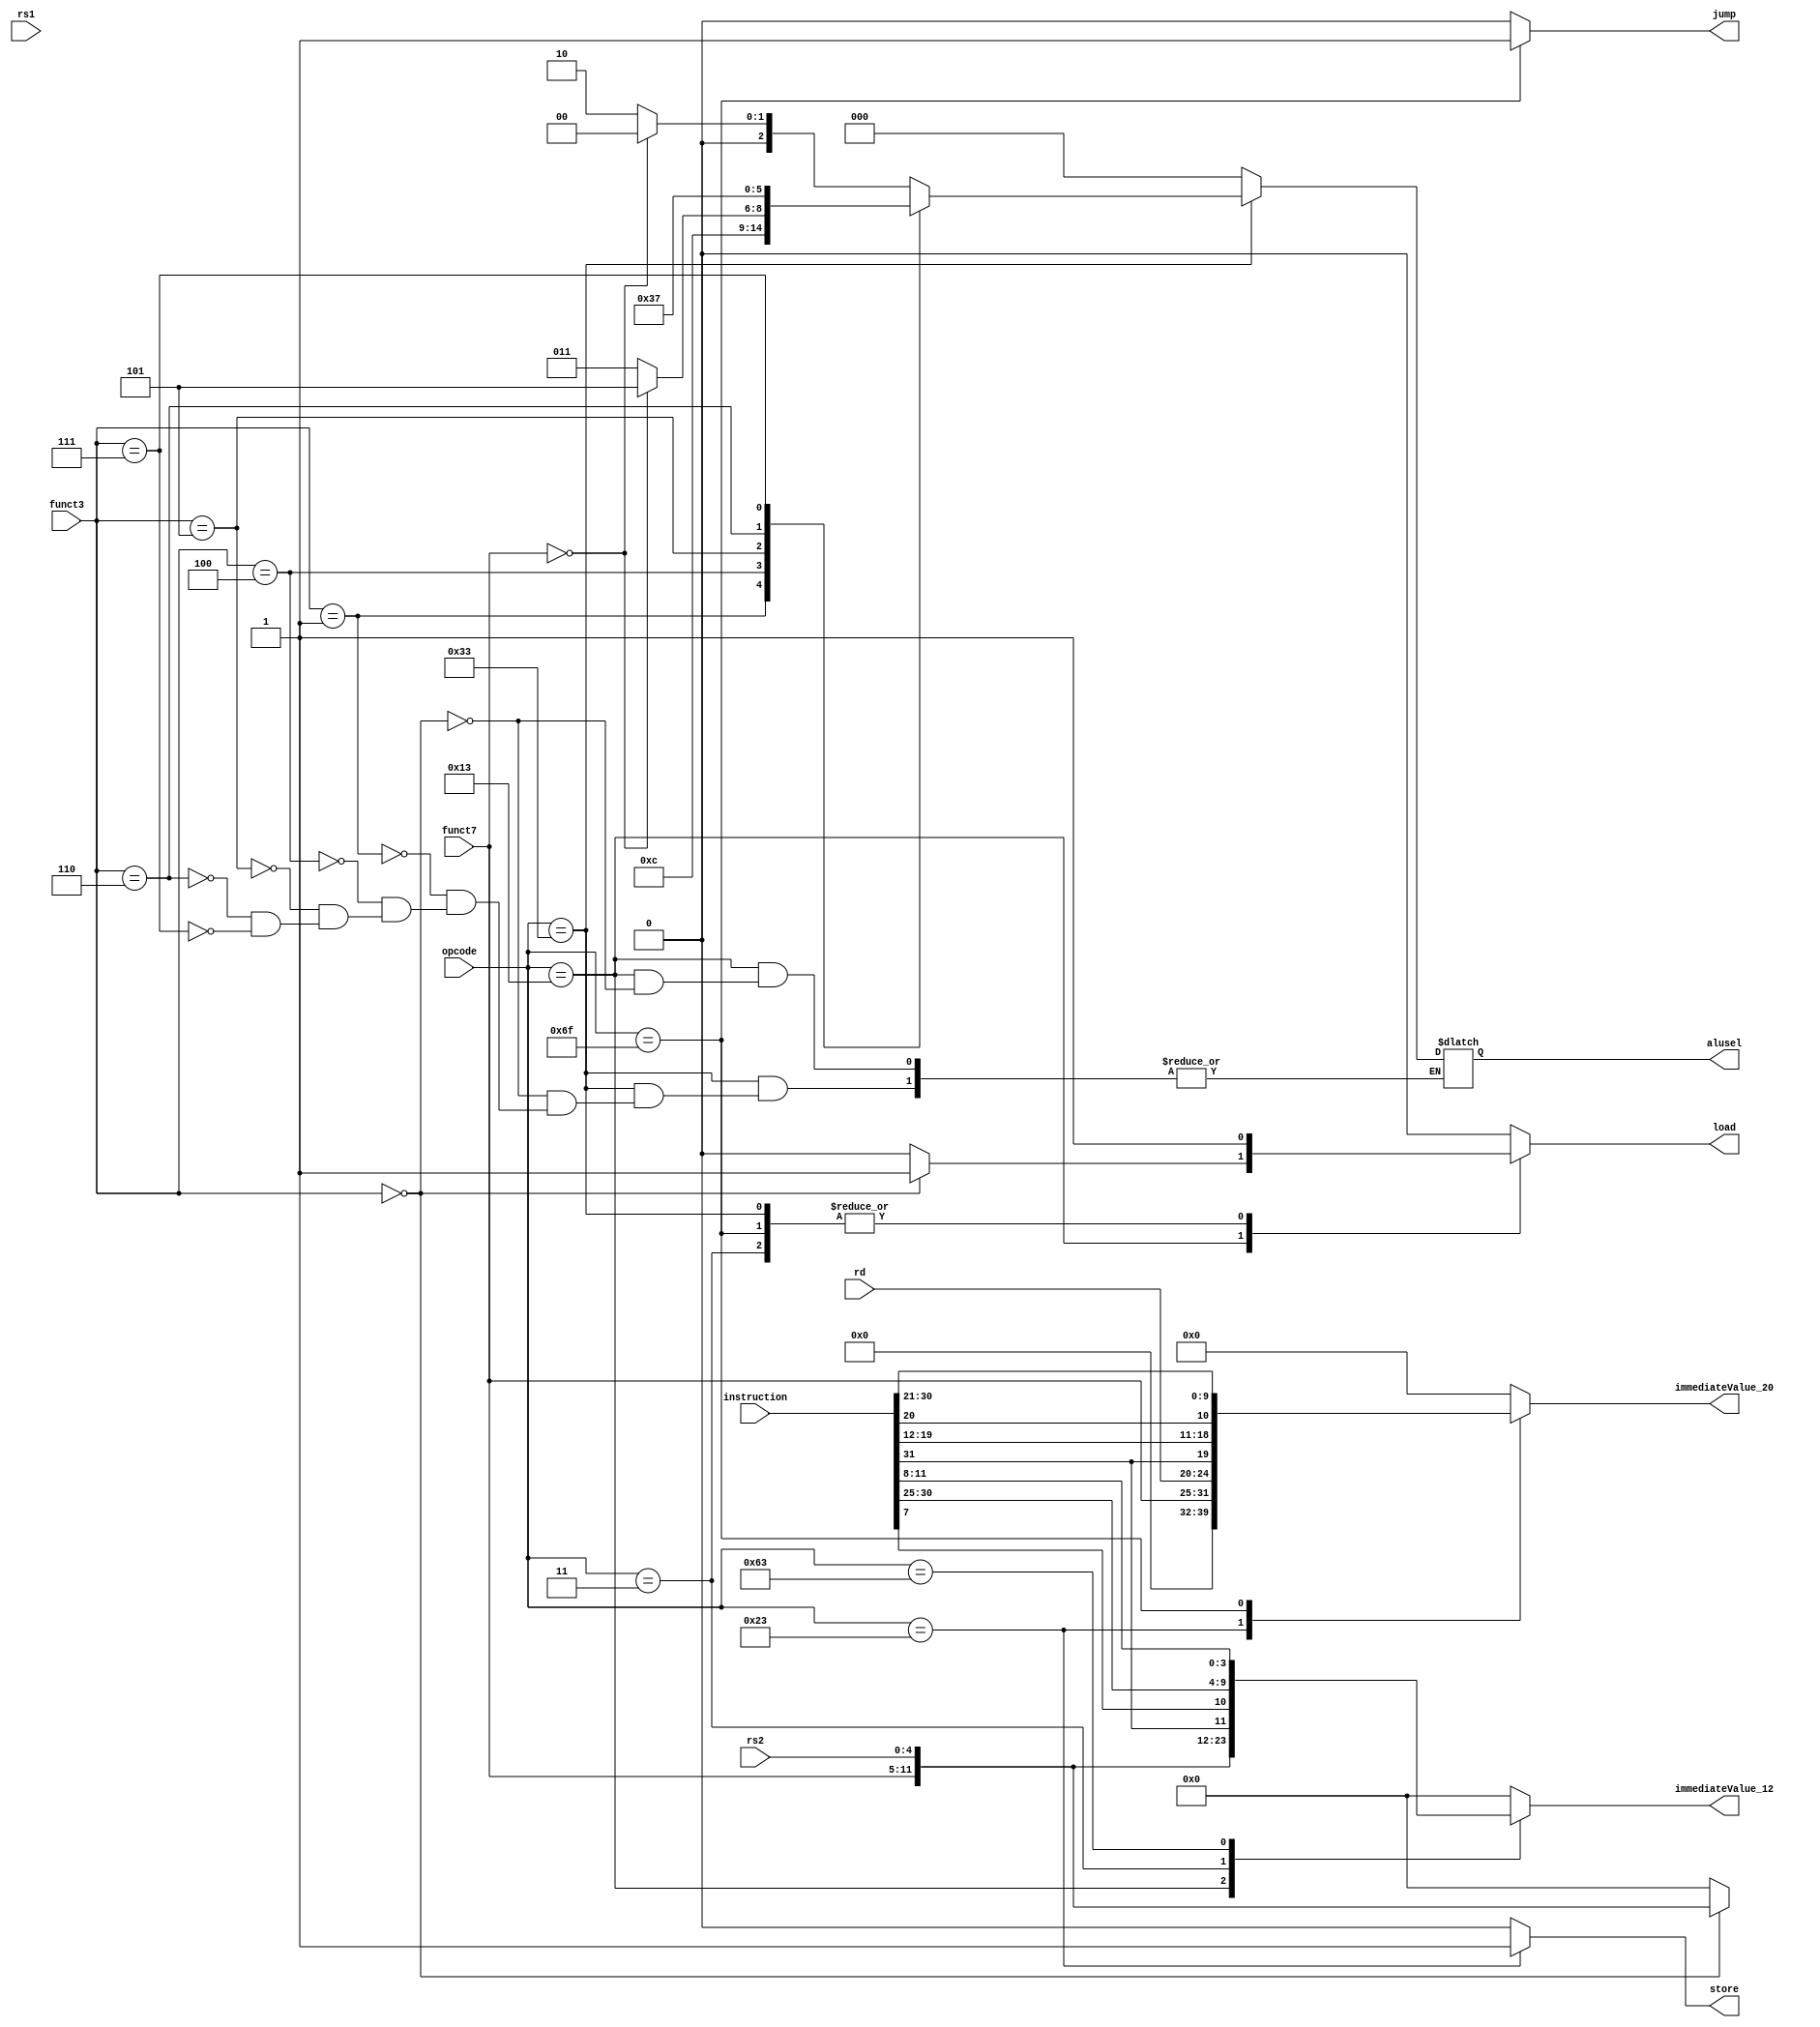
module ControlUnit (
    input wire [31:0] instruction,
    input wire [6:0] opcode,
    input wire [2:0] funct3,
    input wire [6:0] funct7,
    input wire [4:0] rs2,
    input wire [4:0] rs1,
    input wire [4:0] rd,
    output reg load,
    output reg store,
    output reg jump,
    output reg [2:0] alusel,
    output reg [11:0] immediateValue_12,
    output reg [19:0] immediateValue_20
);

initial begin
    load=0;
    store=0;
    jump=0;
    immediateValue_12=12'b0;
    immediateValue_20=12'b0;
end
    always @* begin
        case (opcode) 
        7'b0110011: begin // R-type instructions
               jump = 0; 
               immediateValue_12=12'b0;immediateValue_20=20'b0;
               load=1;store=0;
               case(funct3)
                3'b000: begin
                    if(funct7==7'b0000000)begin
                        alusel=3'b000;
                    end
                    else begin
                        alusel=3'b010;
                    end
                end
                3'b001: begin
                    alusel=3'b001;
                end
                3'b100: begin
                    alusel=3'b100;
                end
                3'b101:begin
                    if(funct7==7'b0000000)begin
                        alusel=3'b101;
                    end
                    else begin
                        alusel=3'b011;
                    end
                end
                3'b110:begin
                    alusel=3'b110;
                end
                3'b111:begin
                    alusel=3'b111;
                end
        endcase
        end
        7'b0010011: begin // I-type instructions
            case (funct3)
                3'b000: begin
                    jump = 0; 
                    immediateValue_12 = {funct7[6:0], rs2[4:0]}; // addi
                    immediateValue_20=20'b0;
                    load=1;store=0;
                    alusel=3'b000;
                end
                default: begin
                jump = 0; immediateValue_12=12'b0;immediateValue_20=20'b0;load=0;store=0;
                end
            endcase
        end
        7'b0000011: begin // Load instructions
            jump = 0; 
            immediateValue_12={funct7,rs2};immediateValue_20=20'b0; // lw
            load=1;store=0;
            alusel=3'b0;
        end
        7'b0100011: begin // Store instructions
            jump = 0; 
            immediateValue_20={funct7,rd};immediateValue_12=12'b0; // sw
            store = 1;load=0;
            alusel=3'b0;
        end
        7'b1100011: begin // B-type instructions (Branch)
            jump = 0; 
            immediateValue_12={instruction[31],instruction[7],instruction[30:25],instruction[11:8]};immediateValue_20=20'b0; // beq
            load=0;store=0;
            alusel=3'b0;
        end
        7'b1101111: begin // J-type instructions (Jump)
            jump = 1; 
            immediateValue_20={instruction[31],instruction[19:12],instruction[20],instruction[30:21]};immediateValue_12=12'b0; // jal
            load=1;store=0;
            alusel=3'b0;
        end
        default: begin // NOP instruction
            jump = 0; 
            immediateValue_12=12'b0;immediateValue_20=20'b0;
            load=0;store=0;
            alusel=3'b0;
        end
    endcase
        end
endmodule